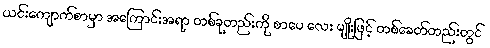
ယင်းကျောက်စာမှာ အကြောင်းအရာ တစ်ခုတည်းကို စာပေ လေး မျိုးဖြင့် တစ်ခေတ်တည်းတွင်